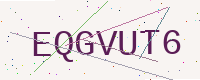
Text: EQGVUT6